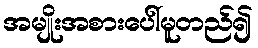
အမျိုးအစားပေါ်မူတည်၍